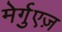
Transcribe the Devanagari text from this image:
मेर्गुएज़